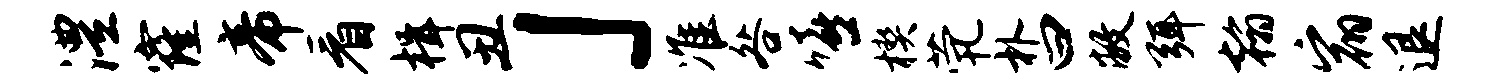
澧窿帝看楫丑」准咎嘻楔茕朴曰敝弭翰宿退